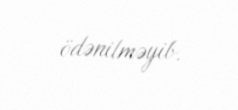
ödənilməyib.